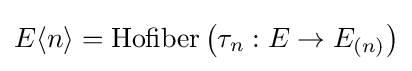
E\langle n\rangle =\operatorname {Hofiber} \left(\tau _{n}:E\to E_{(n)}\right)